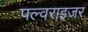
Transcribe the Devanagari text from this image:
पल्वराइजर